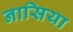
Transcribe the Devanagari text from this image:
नासिया